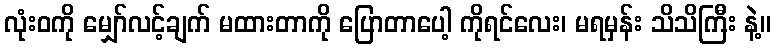
လုံးဝကို မျှော်လင့်ချက် မထားတာကို ပြောတာပေါ့ ကိုရင်လေး၊ မရမှန်း သိသိကြီး နဲ့။